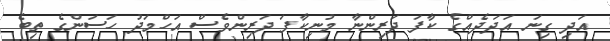
އަދި ގިނަ އަދަދެއްގެ ކާފަ ދަރިންނާ މުނިކާފަ ދަރިންވެސް އަހްމަދު ހަސަންގެ ތިބެ